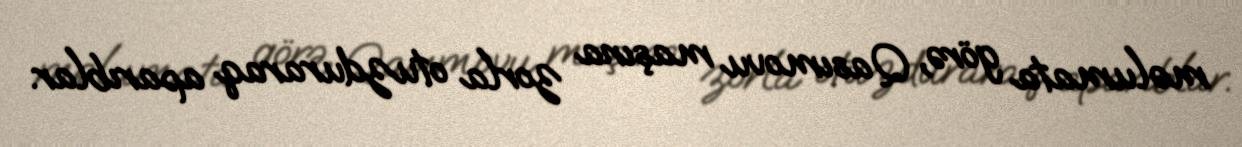
məlumata görə, Qasımovu maşına zorla otuzduraraq aparıblar.